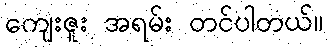
ကျေးဇူး အရမ်း တင်ပါတယ်။